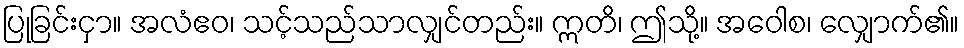
ပြုခြင်းငှာ။ အလံဧဝ၊ သင့်သည်သာလျှင်တည်း။ ဣတိ၊ ဤသို့။ အဝေါစ၊ လျှောက်၏။